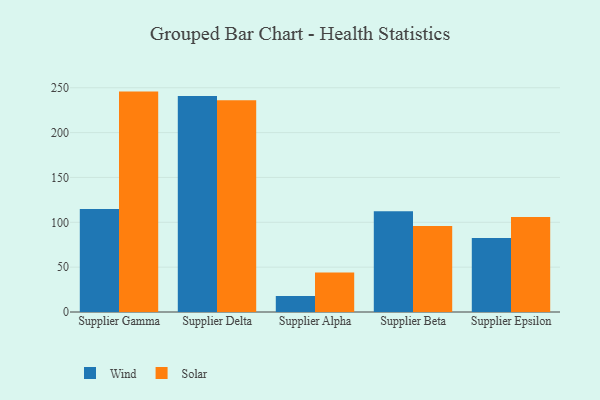
{"axis": {"x": "Supplier", "y": "Customer Acquisition Cost (USD)"}, "legend": ["Solar", "Wind"], "data": [{"x": "Supplier Gamma", "y": 114.9, "type": "Wind"}, {"x": "Supplier Gamma", "y": 245.7, "type": "Solar"}, {"x": "Supplier Delta", "y": 240.8, "type": "Wind"}, {"x": "Supplier Delta", "y": 236.1, "type": "Solar"}, {"x": "Supplier Alpha", "y": 17.9, "type": "Wind"}, {"x": "Supplier Alpha", "y": 43.9, "type": "Solar"}, {"x": "Supplier Beta", "y": 112.3, "type": "Wind"}, {"x": "Supplier Beta", "y": 95.9, "type": "Solar"}, {"x": "Supplier Epsilon", "y": 82.4, "type": "Wind"}, {"x": "Supplier Epsilon", "y": 105.9, "type": "Solar"}]}